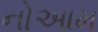
નોઆમ